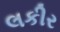
લકીર